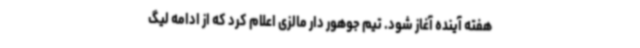
هفته آینده آغاز شود. تیم جوهور دار مالزی اعلام کرد که از ادامه لیگ